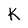
Character: K